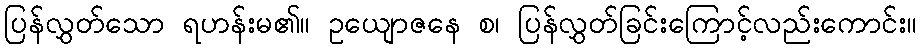
ပြန်လွှတ်သော ရဟန်းမ၏။ ဥယျောဇနေ စ၊ ပြန်လွှတ်ခြင်းကြောင့်လည်းကောင်း။